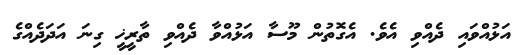
އަޅުއްވައި ދެއްވި އެވެ. އެގޮތުން މޫސާ އަޅުއްވާ ދެއްވި ތާރީޚީ ގިނަ އަދަދެއްގެ